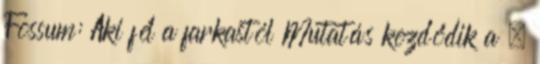
Fossum: Aki fél a farkastól Mutatás kezdődik a .